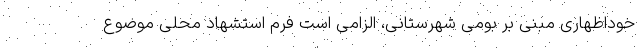
خوداظهاری مبنی بر بومی شهرستانی، الزامی است فرم استشهاد محلی موضوع